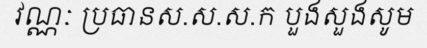
វណ្ណៈ ប្រធានស.ស.ស.ក បួងសួងសូម